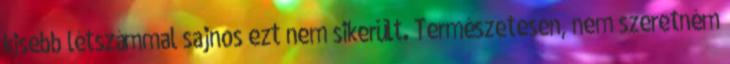
kisebb létszámmal sajnos ezt nem sikerült. Természetesen, nem szeretném